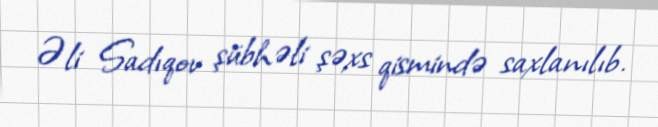
Əli Sadıqov şübhəli şəxs qismində saxlanılıb.